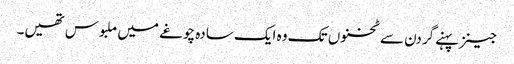
جینز پہنےگردن سے ٹخنوں تک وہ ایک سادہ چوغے میں ملبوس تھیں۔